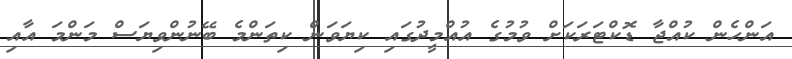
އަންހެން ކުއްޖާ ޑޮކްޓަރަކަށް ވުމުގެ އުއްމީދުގައި ކިޔަވަން ކިތަންމެ ބޭނުންވިޔަސް މަންމަ އާއި